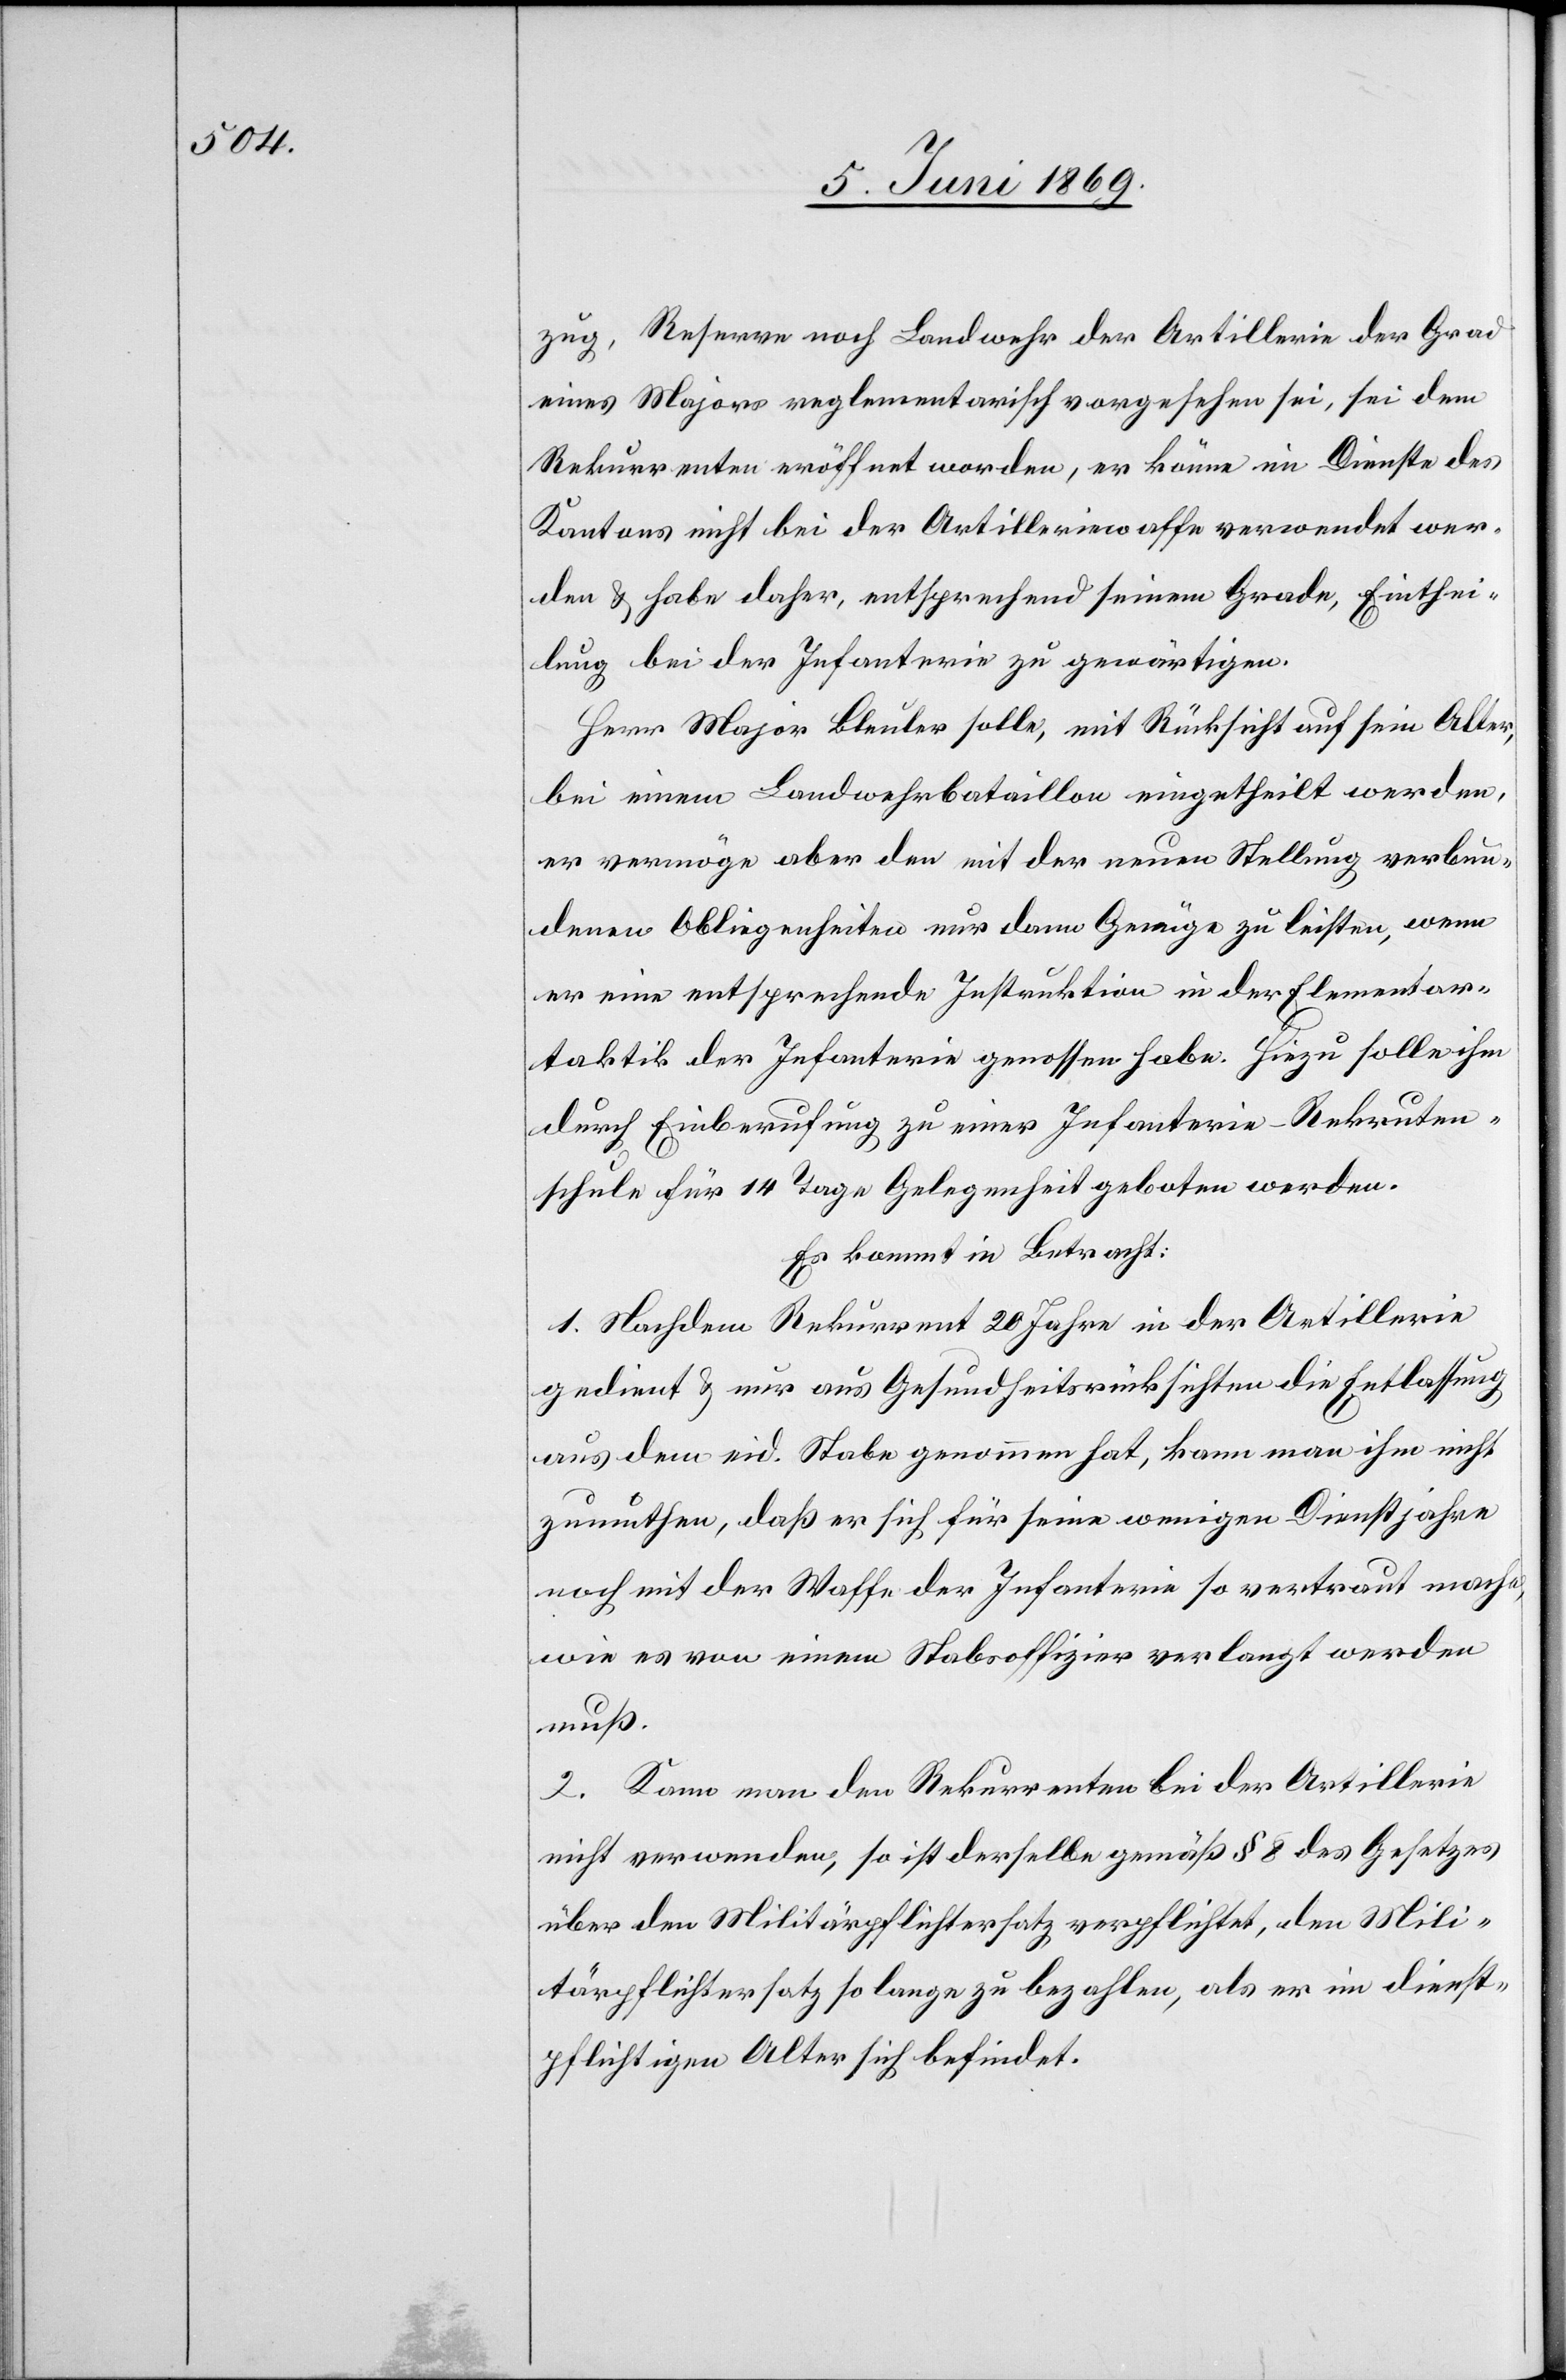
zug, Reserve noch Landwehr der Artillerie der Grad
eines Majors reglementarisch vorgesehen sei, sei dem
Rekurrenten eröffnet worden, er könne im Dienste des
Kantons nicht bei der Artilleriewaffe verwendet wer¬
den u. habe daher, entsprechend seinem Grade, Einthei¬
lung bei der Infanterie zu gewärtigen.
Herr Major Bleuler solle, mit Rücksicht auf sein Alter,
bei einem Landwehrbataillon eingetheilt werden,
er vermöge aber den mit der neuen Stellung verbun¬
denen Obliegenheiten nur dann Genüge zu leisten, wen
er eine entsprechende Instruktion in der Elementar¬
taktik der Infanterie genossen habe. Hiezu solle ihm
durch Einberufung zu einer Infanterie-Rekruten¬
schule für 14 Tage Gelegenheit geboten werden.
Es kommt in Betracht:
1. Nachdem Rekurrent 20 Jahre in der Artillerie
gedient u. nur aus Gesundheitsrücksichten die Entlassung
aus dem eid. Stabe genommen hat, kann man ihm nicht
zumuthen, daß er sich für seine wenigen Dienstjahre
noch mit der Waffe der Infanterie so vertraut mache,
wie es von einem Stabsoffizier verlangt werden
muß.
2. Kann man den Rekurrenten bei der Artillerie
nicht verwenden, so ist derselbe gemäß § 8 des Gesetzes
über den Militärpflichtersatz verpflichtet, den Mili¬
tärpflichtersatz so lange zu bezahlen, als er im dienst¬
pflichtigen Alter sich befindet.